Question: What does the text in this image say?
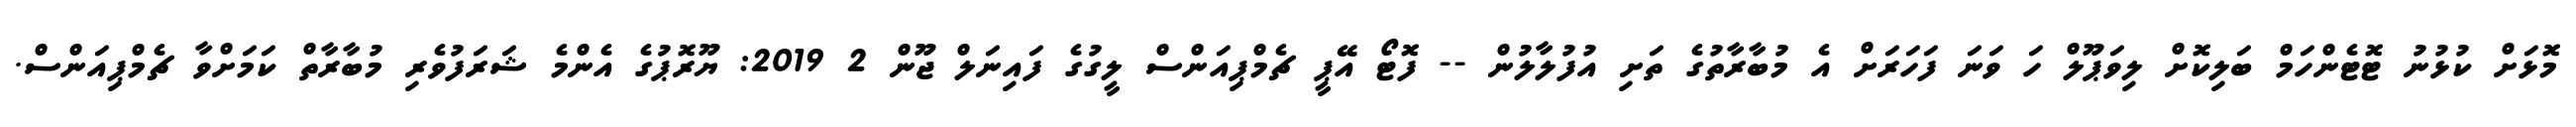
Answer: މޮޅަށް ކުޅުނު ޓޮޓެންހަމް ބަލިކޮށް ލިވަޕޫލް ހަ ވަނަ ފަހަރަށް އެ މުބާރާތުގެ ތަށި އުފުލާލުން -- ފޮޓޯ އޭޕީ ޗެމްޕިއަންސް ލީގުގެ ފައިނަލް ޖޫން 2 2019: ޔޫރޮޕުގެ އެންމެ ޝަރަފުވެރި މުބާރާތް ކަމަށްވާ ޗެމްޕިއަންސް.